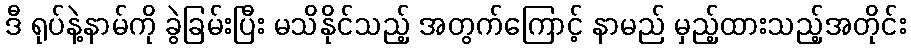
ဒီ ရုပ်နဲ့နာမ်ကို ခွဲခြမ်းပြီး မသိနိုင်သည့် အတွက်ကြောင့် နာမည် မှည့်ထားသည့်အတိုင်း